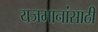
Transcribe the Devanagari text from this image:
यजमानांसाठी